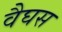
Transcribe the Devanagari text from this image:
वैघस